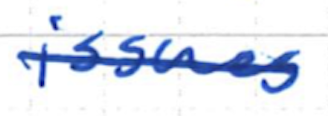
Text: issues
Cross-out: single-line
Writing tool: ballpoint